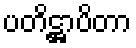
ပတိဋ္ဌာပိတာ